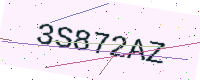
Text: 3S872AZ